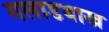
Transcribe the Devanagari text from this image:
गलाडबाख